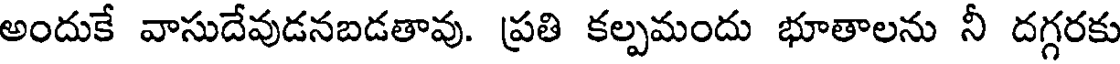
అందుకే వాసుదేవుడనబడతావు. ప్రతి కల్పమందు భూతాలను నీ దగ్గరకు